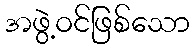
အဖွဲ့ဝင်ဖြစ်သော